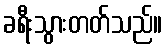
ခရီးသွားတတ်သည်။